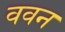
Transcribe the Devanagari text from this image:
ववन